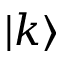
| k \rangle